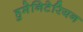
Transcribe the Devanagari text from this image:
हुमेनिटेरियन